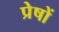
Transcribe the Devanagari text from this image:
प्रेषों